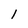
Character: 1